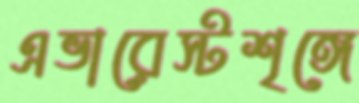
এভারেস্টশৃঙ্গে